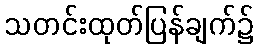
သတင်းထုတ်ပြန်ချက်၌